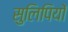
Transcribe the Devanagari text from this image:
सुलिपियों